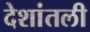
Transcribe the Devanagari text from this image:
देशांतली